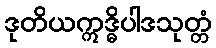
ဒုတိယဣဒ္ဓိပါဒသုတ္တံ